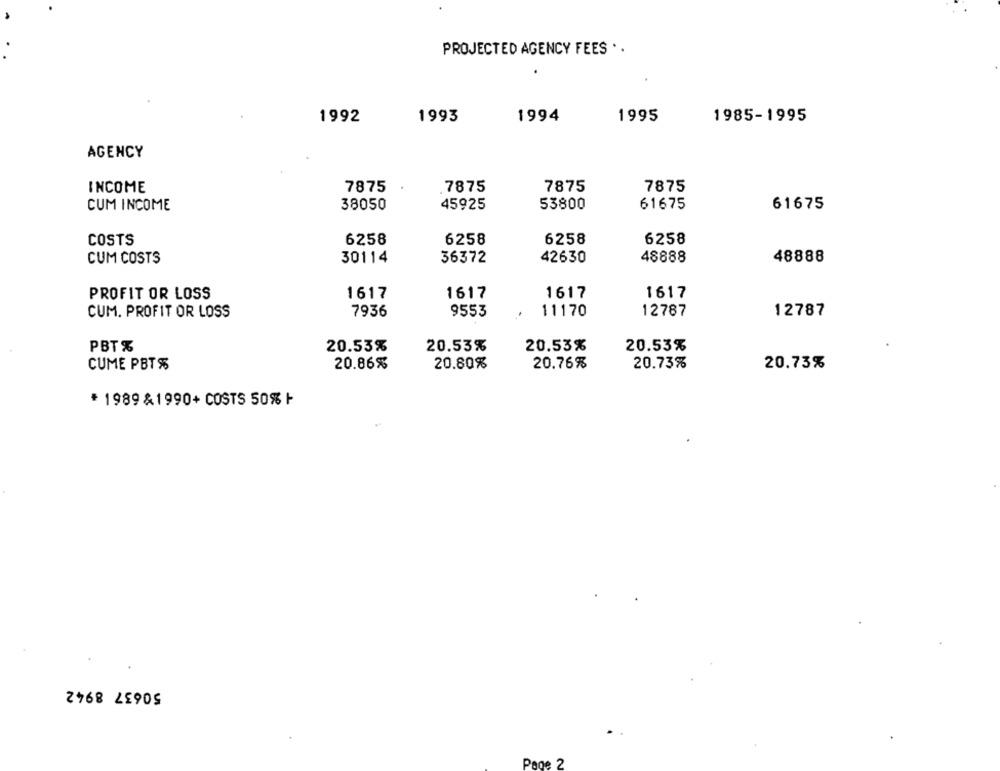
PROJECTED AGENCY FEES . .
1992
1993
1994
1995
1985-1995
AGENCY
INCOME
7875
7875
7875
7875
CUM INCOME
38050
45925
53800
61675
61675
6258
6258
6258
6258
COSTS
CUM COSTS
30114
36372
42630
48888
48888
1617
1617
PROFIT OR LOSS
1617
1617
CUM. PROFIT OR LOSS
7936
9553
11170
12787
12787
PBT %
20.53%
20.53%
20.53%
20.53%
CUME PBT%
20.86%
20.80%
20.76%
20.73%
20.73%
* 1989 &1990+ COSTS 50% F
50637 8942
Pege 2